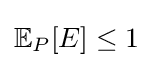
{\mathbb {E} }_{P}[E]\leq 1